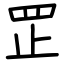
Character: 𦊆